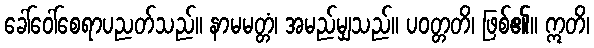
ခေါ်ဝေါ်စေရာပညတ်သည်။ နာမမတ္တံ၊ အမည်မျှသည်။ ပဝတ္တတိ၊ ဖြစ်၏။ ဣတိ၊